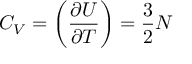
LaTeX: C _ { V } = \biggl ( { \frac { \partial U } { \partial T } } \biggr ) = { \frac { 3 } { 2 } } N